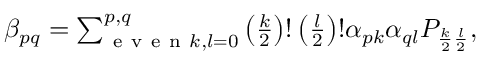
\begin{array} { r } { \beta _ { p q } = \sum _ { \mathrm { ~ e ~ v ~ e ~ n ~ } k , l = 0 } ^ { p , q } \left( \frac { k } { 2 } \right) ! \left( \frac { l } { 2 } \right) ! \alpha _ { p k } \alpha _ { q l } P _ { \frac { k } { 2 } \frac { l } { 2 } } , } \end{array}